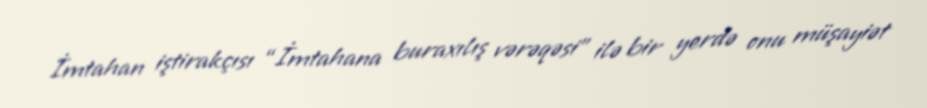
İmtahan iştirakçısı “İmtahana buraxılış vərəqəsi” ilə bir yerdə onu müşayiət